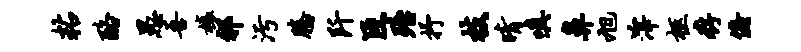
粘酪愚吾榱祁污腾阡臣殆抒枝晴嗔鼻旭滓柩存俯